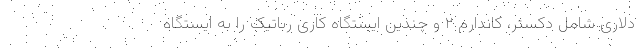
دلاری شامل دکستر، کاندارم ۲ و چندین ایستگاه کاری رباتیک را به ایستگاه